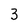
Character: 3